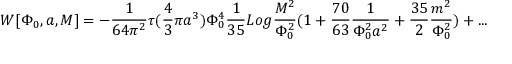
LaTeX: W [ \Phi _ { 0 } , a , M ] = - { \frac { 1 } { 6 4 \pi ^ { 2 } } } \tau ( { \frac { 4 } { 3 } } \pi a ^ { 3 } ) \Phi _ { 0 } ^ { 4 } { \frac { 1 } { 3 5 } } L o g { \frac { M ^ { 2 } } { \Phi _ { 0 } ^ { 2 } } } ( 1 + { \frac { 7 0 } { 6 3 } } { \frac { 1 } { \Phi _ { 0 } ^ { 2 } a ^ { 2 } } } + { \frac { 3 5 } { 2 } } { \frac { m ^ { 2 } } { \Phi _ { 0 } ^ { 2 } } } ) + . . .